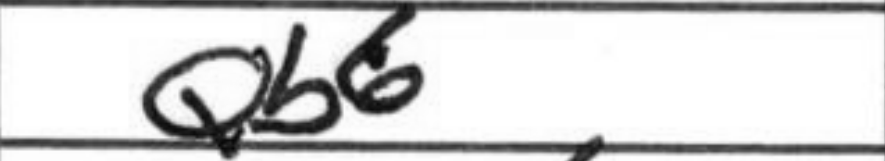
Transcription: Qb6